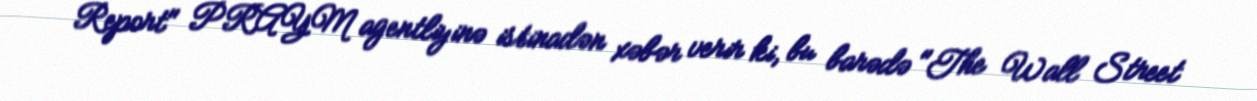
Report" PRAYM agentliyinə istinadən xəbər verir ki, bu barədə "The Wall Street